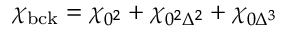
\chi _ { \mathrm { b c k } } = \chi _ { 0 ^ { 2 } } + \chi _ { 0 ^ { 2 } \Delta ^ { 2 } } + \chi _ { 0 \Delta ^ { 3 } }